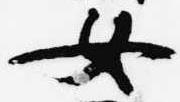
女